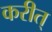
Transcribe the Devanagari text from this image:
करीत्